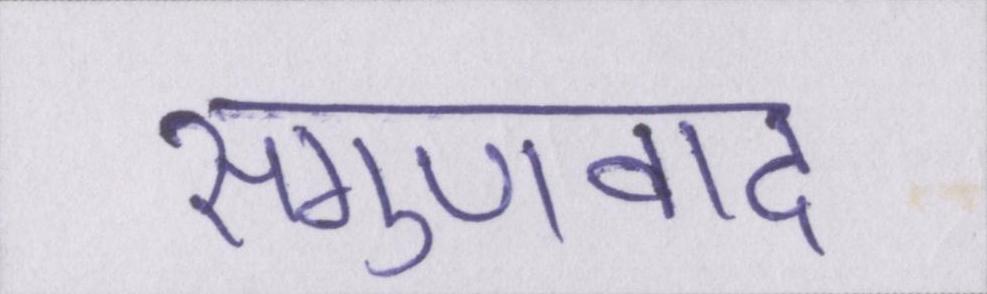
सगुणवाद